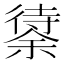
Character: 𱝸